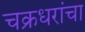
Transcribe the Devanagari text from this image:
चक्रधरांचा